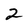
Character: 2